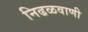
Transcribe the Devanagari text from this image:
निढळवाणी